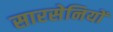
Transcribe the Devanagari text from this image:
सारसेनियों